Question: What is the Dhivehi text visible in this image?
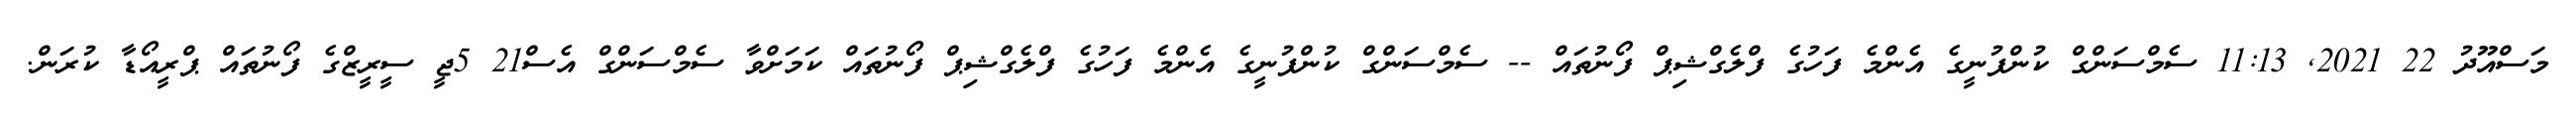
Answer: މަސްއޫދު 22 2021, 11:13 ސެމްސަންގް ކުންފުނީގެ އެންމެ ފަހުގެ ފްލެގްޝިޕް ފޯނުތައް -- ސެމްސަންގް ކުންފުނީގެ އެންމެ ފަހުގެ ފްލެގްޝިޕް ފޯނުތައް ކަމަށްވާ ސެމްސަންގް އެސް21 5ޖީ ސީރީޒްގެ ފޯނުތައް ޕްރީއޯޑާ ކުރަން.